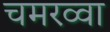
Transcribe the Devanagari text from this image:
चमरव्‍वा